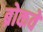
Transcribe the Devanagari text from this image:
ब्रोकवे